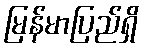
မြန်မာပြည်ရှိ